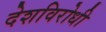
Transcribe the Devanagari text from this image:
देशविरोधी